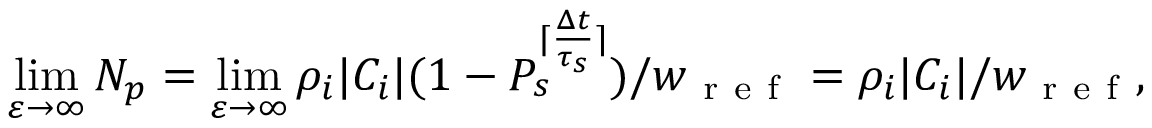
\operatorname* { l i m } _ { \varepsilon \to \infty } N _ { p } = \operatorname* { l i m } _ { \varepsilon \to \infty } \rho _ { i } | C _ { i } | ( 1 - P _ { s } ^ { \lceil \frac { \Delta t } { \tau _ { s } } \rceil } ) / w _ { \mathrm { ~ r ~ e ~ f ~ } } = \rho _ { i } | C _ { i } | / w _ { \mathrm { ~ r ~ e ~ f ~ } } ,